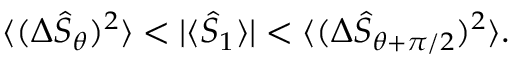
\begin{array} { r } { \langle ( \Delta \hat { \cal S } _ { \theta } ) ^ { 2 } \rangle < | \langle \hat { \cal S } _ { 1 } \rangle | < \langle ( \Delta \hat { \cal S } _ { \theta + \pi / 2 } ) ^ { 2 } \rangle . } \end{array}